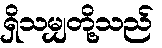
ရှိသမျှတို့သည်